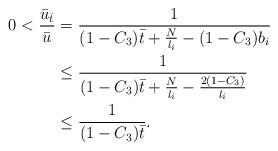
LaTeX: \begin{align*}0<\frac{\bar{u}_{\bar{t}}}{\bar{u}}&=\frac{1}{(1-C_3)\bar{t}+\frac{N}{l_i}-(1-C_3)b_i}\\&\le\frac{1}{(1-C_3)\bar{t}+\frac{N}{l_i}-\frac{2(1-C_3)}{l_i}}\\&\le\frac1{(1-C_3)\bar{t}}.\end{align*}